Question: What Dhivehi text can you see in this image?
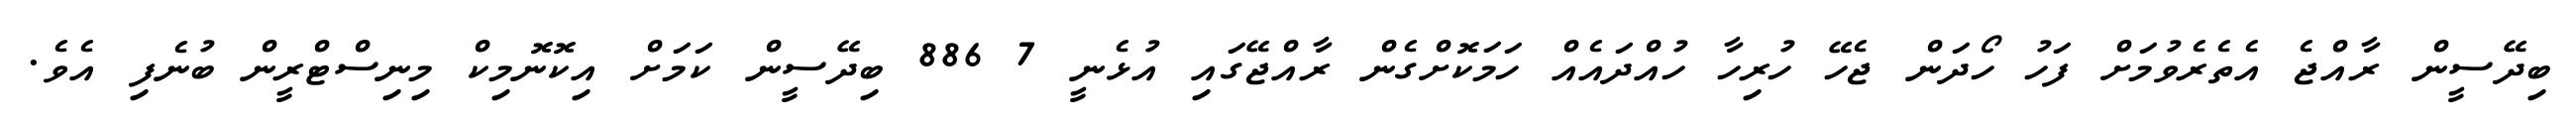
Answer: ބިދޭސީން ރާއްޖެ އެތެރެވުމަށް ފަހު ހޯދަން ޖެހޭ ހުރިހާ ހުއްދައެއް ހަމަކޮށްގެން ރާއްޖޭގައި އުޅެނީ 7 886 ބިދޭސީން ކަމަށް އިކޮނޮމިކް މިނިސްޓްރީން ބުނެފި އެވެ.